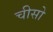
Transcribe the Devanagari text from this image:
चीसो